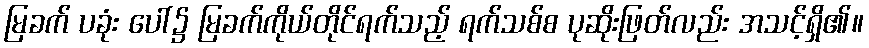
မြခက် ပခုံး ပေါ်၌ မြခက်ကိုယ်တိုင်ရက်သည့် ရက်သစ်စ ပုဆိုးဖြတ်လည်း အသင့်ရှိ၏။